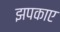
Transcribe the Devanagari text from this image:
झपकाए